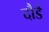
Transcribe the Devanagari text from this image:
दौडै